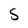
Character: S